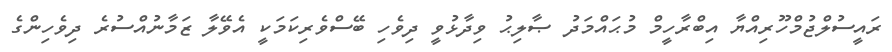
ރައީސުލްޖުމްހޫރިއްޔާ އިބްރާހީމް މުޙައްމަދު ޞާލިޙު ވިދާޅުވީ ދިވެހި ބޭސްވެރިކަމަކީ އެވޭލާ ޒަމާނުއްސުރެ ދިވެހިންގެ